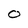
Character: O